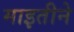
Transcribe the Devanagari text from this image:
माइतीने